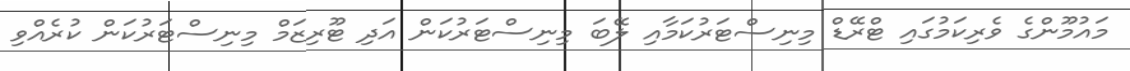
މައުމޫންގެ ވެރިކަމުގައި ޓްރޭޑް މިނިސްޓަރުކަމާއި ލޭބަ މިނިސްޓަރުކަން އަދި ޓޫރިޒަމް މިނިސްޓަރުކަން ކުރެއްވި